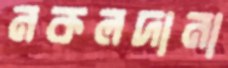
নকলদানা